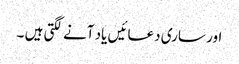
اور ساری دعائیں یاد آنے لگتی ہیں ۔